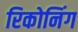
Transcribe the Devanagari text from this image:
रिकोनिंग